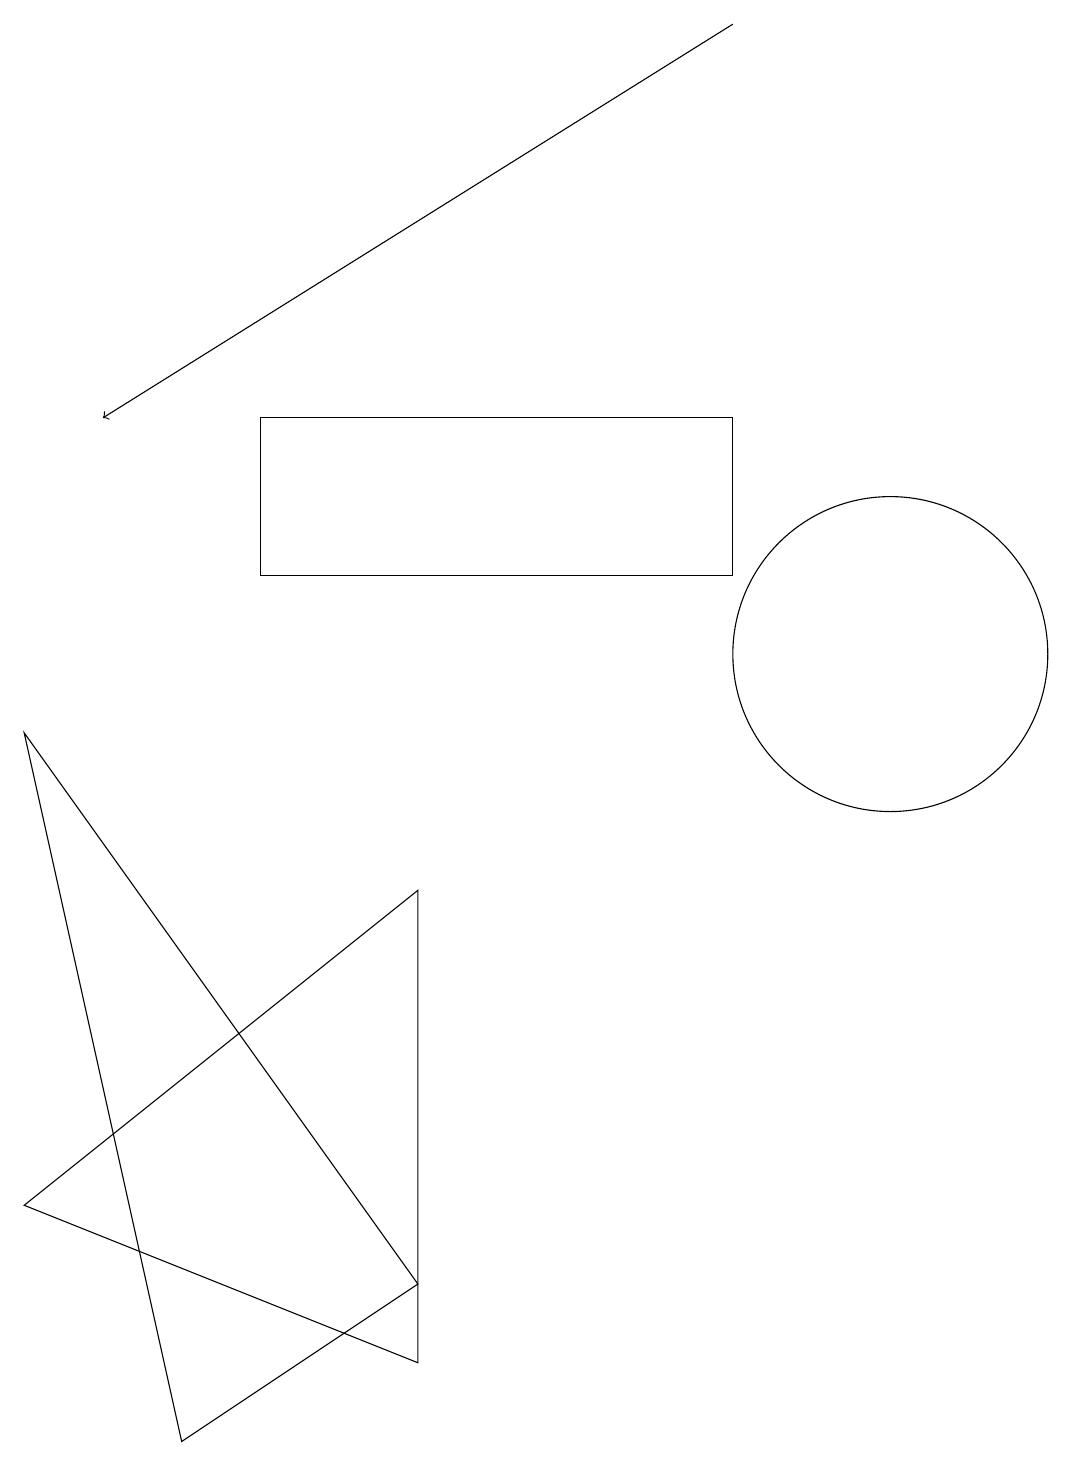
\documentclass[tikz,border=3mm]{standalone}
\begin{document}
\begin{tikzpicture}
\draw[->] (9,18) -- (1,13);
\draw (3,13) rectangle (9,11);
\draw (0,9) -- (2,0) -- (5,2) -- cycle;
\draw (11,10) circle (2);
\draw (0,3) -- (5,7) -- (5,1) -- cycle;
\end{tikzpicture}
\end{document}